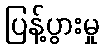
ပြန့်ပွားမှု